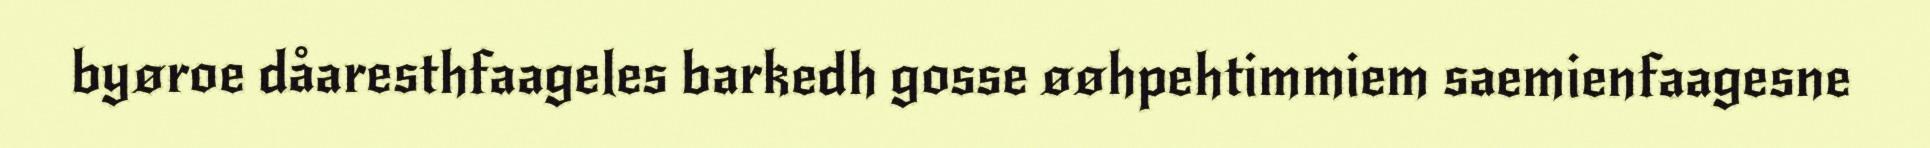
byøroe dåaresthfaageles barkedh gosse øøhpehtimmiem saemienfaagesne